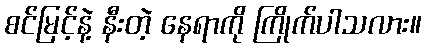
စင်မြင့်နဲ့ နီးတဲ့ နေရာကို ကြိုက်ပါသလား။